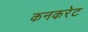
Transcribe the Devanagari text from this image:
कनकरेट